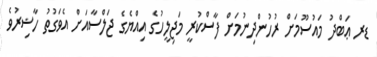
ޑރ ޢަބްދު މައުސޫމަށް ރުހުންދިނުމަށް ފާސްކުރީ މަޖިލީހުގެ އިއްޔެގެ ޖަލްސާއަށް އެވަގުތު ހާޟިރުވެ